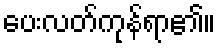
ပေးလတ်ကုန်ရာ၏။